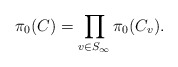
\begin{align*}\pi_0(C)=\prod_{v\in S_\infty}\pi_0(C_v).\end{align*}